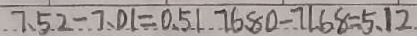
7 . 5 2 - 7 . 0 1 = 0 . 5 1 7 6 . 8 0 - 7 1 . 6 8 = 5 . 1 2 .